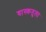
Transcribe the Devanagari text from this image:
वास्कतुला